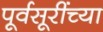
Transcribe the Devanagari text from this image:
पूर्वसूरींच्या